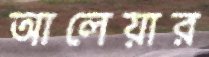
আলেয়ার